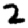
Digit: 2